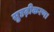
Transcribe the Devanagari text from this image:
सुदृढ़ीकरण।